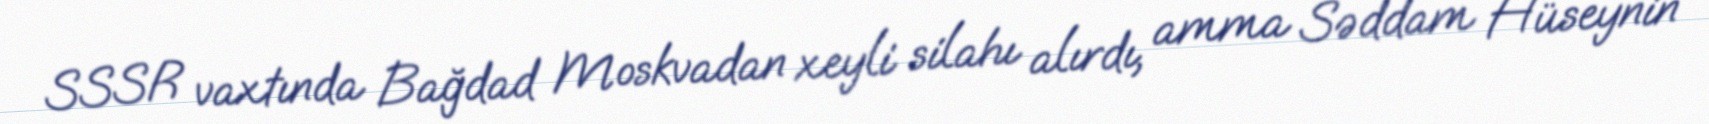
SSSR vaxtında Bağdad Moskvadan xeyli silahı alırdı, amma Səddam Hüseynin